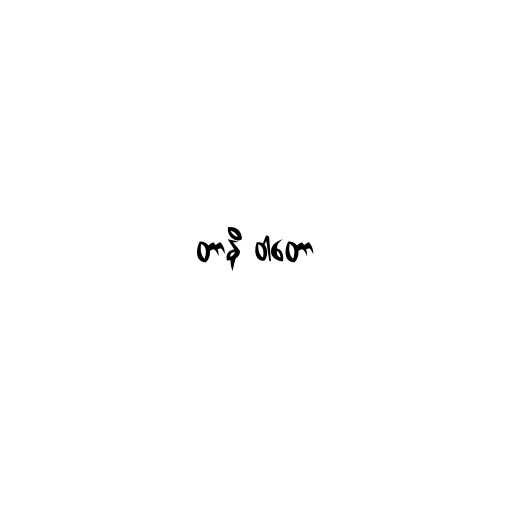
တာနိ ဝါတော